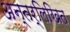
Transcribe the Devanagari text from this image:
अन्तर्लिखित